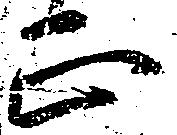
正